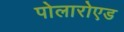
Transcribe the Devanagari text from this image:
पोलारोएड